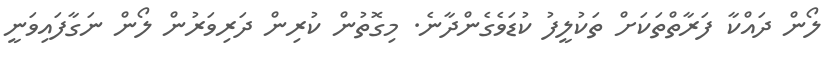
ލޯން ދައްކާ ފަރާތްތަކަށް ތަކުލީފު ކުޑަވެގެންދާނެ. މިގޮތުން ކުރިން ދަރިވަރުން ލޯން ނަގާފައިވަނީ